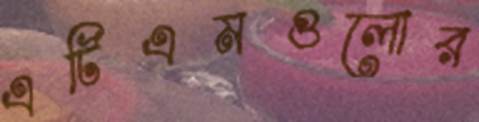
এটিএমগুলোর